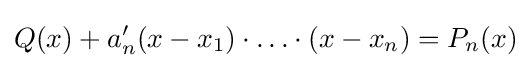
Q(x)+a'_{n}(x-x_{1})\cdot \ldots \cdot (x-x_{n})=P_{n}(x)